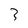
Character: 3